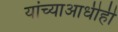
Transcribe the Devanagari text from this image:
यांच्याआधीही